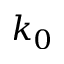
k _ { 0 }